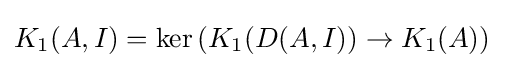
K_{1}(A,I)=\ker \left({K_{1}(D(A,I))\rightarrow K_{1}(A)}\right)\